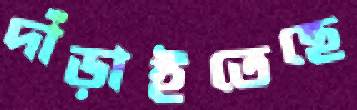
দাঁড়াইতেছে